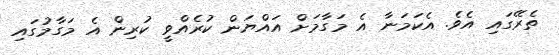
ތެރޭގައި އެވެ. އެކަމަނާ އެ މަގާމަށް އައްޔަން ކުރެއްވީ ކުރިން އެ މަގާމުގައި